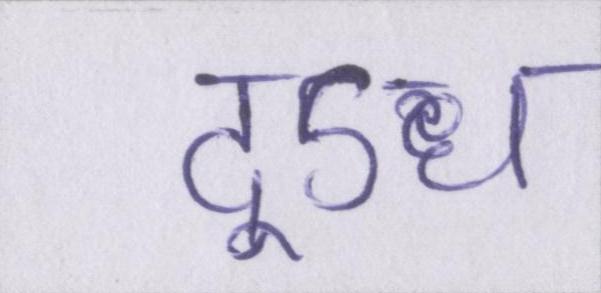
दूऽध